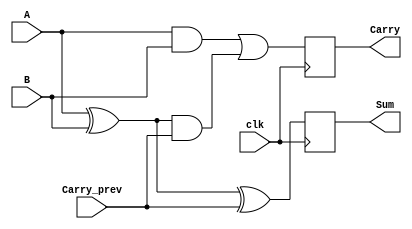
module SequentialHalfAdder (
    input wire clk,          // Clock input
    input wire A,           // First single-bit input
    input wire B,           // Second single-bit input
    input wire Carry_prev,   // Previous carry input
    output reg Sum,          // Sum output
    output reg Carry         // Carry output
);

// Always block triggered on the rising edge of the clock
always @(posedge clk) begin
    // Calculate the Sum
    Sum <= A ^ B ^ Carry_prev;

    // Calculate the Carry
    Carry <= (A & B) | ((A ^ B) & Carry_prev);
end

endmodule